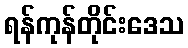
ရန်ကုန်တိုင်းဒေသ